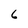
Character: 6